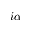
i \alpha